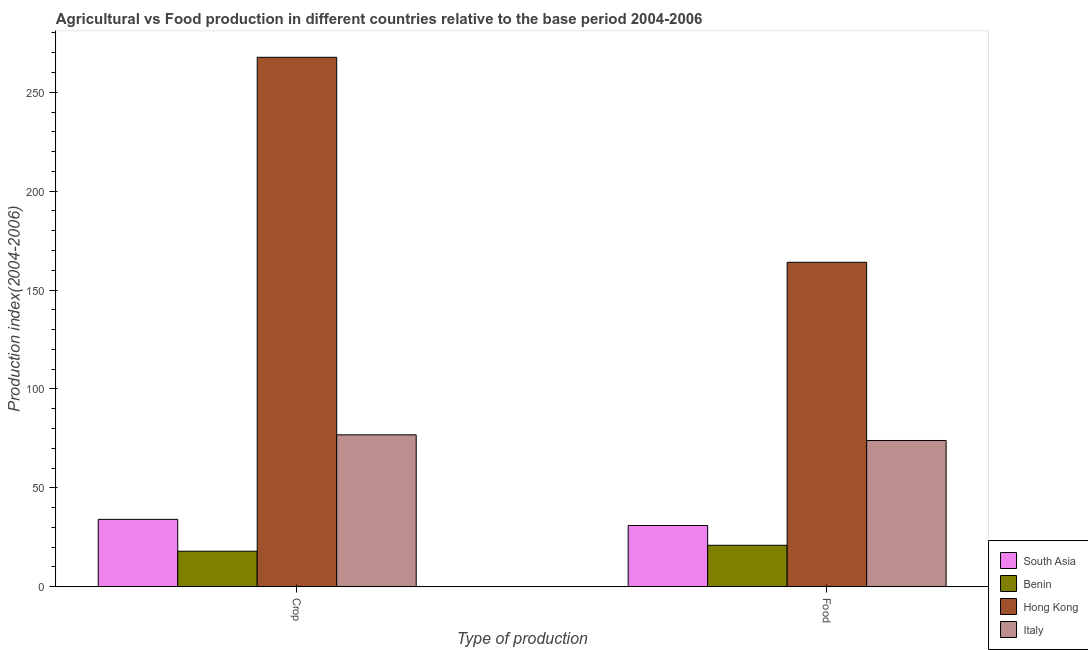
| Type of production | South Asia | Benin | Hong Kong | Italy |
 | --- | --- | --- | --- | --- |
 | Crop | 34.1 | 18 | 268 | 76.8 |
 | Food | 31 | 21 | 164 | 74 |